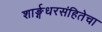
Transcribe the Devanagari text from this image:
शार्ङ्गधरसंहितेचा